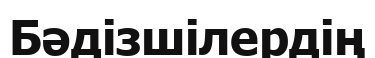
Бәдізшілердің